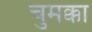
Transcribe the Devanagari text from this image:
चुमक्का